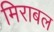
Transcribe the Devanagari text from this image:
मिराबल